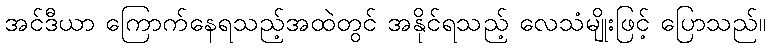
အင်ဒီယာ ကြောက်နေရသည့်အထဲတွင် အနိုင်ရသည့် လေသံမျိုးဖြင့် ပြောသည်။